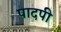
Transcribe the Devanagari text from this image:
पादपी